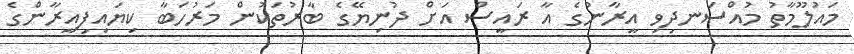
މައުލޫމާތު މުއްސަނދިވި އީރާނުގެ އާ ރައީސް އަށް ދުނިޔޭގެ ބާރުތަކުން މަރުހަބާ ކިޔައިފިއީރާންގެ